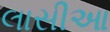
લાસીઆ